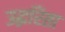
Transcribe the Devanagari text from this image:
उद्धरिता